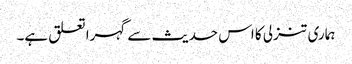
ہماری تنزلی کا اس حدیث سے گہرا تعلق ہے۔